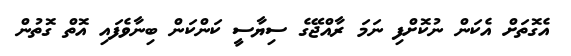
އެގޮތަށް އެކަން ނުކޮށްފި ނަމަ ރާއްޖޭގެ ސިޔާސީ ކަންކަން ބިނާވެފައި އޮތް ގޮތުން